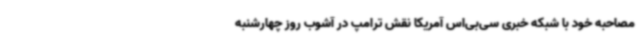
مصاحبه خود با شبکه خبری سی‌بی‌اس آمریکا نقش ترامپ در آشوب روز چهارشنبه